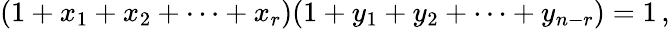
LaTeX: (1+x_{1}+x_{2}+\cdots+x_{r})(1+y_{1}+y_{2}+\cdots+y_{n-r})=1\, ,